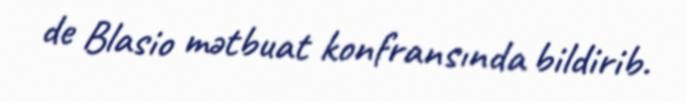
de Blasio mətbuat konfransında bildirib.